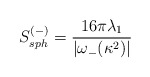
\begin{align*}S_{sph}^{(-)}=\frac{16\pi\lambda_1}{|\omega_-(\kappa^2)|}\end{align*}